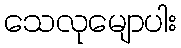
သေလုမျောပါး